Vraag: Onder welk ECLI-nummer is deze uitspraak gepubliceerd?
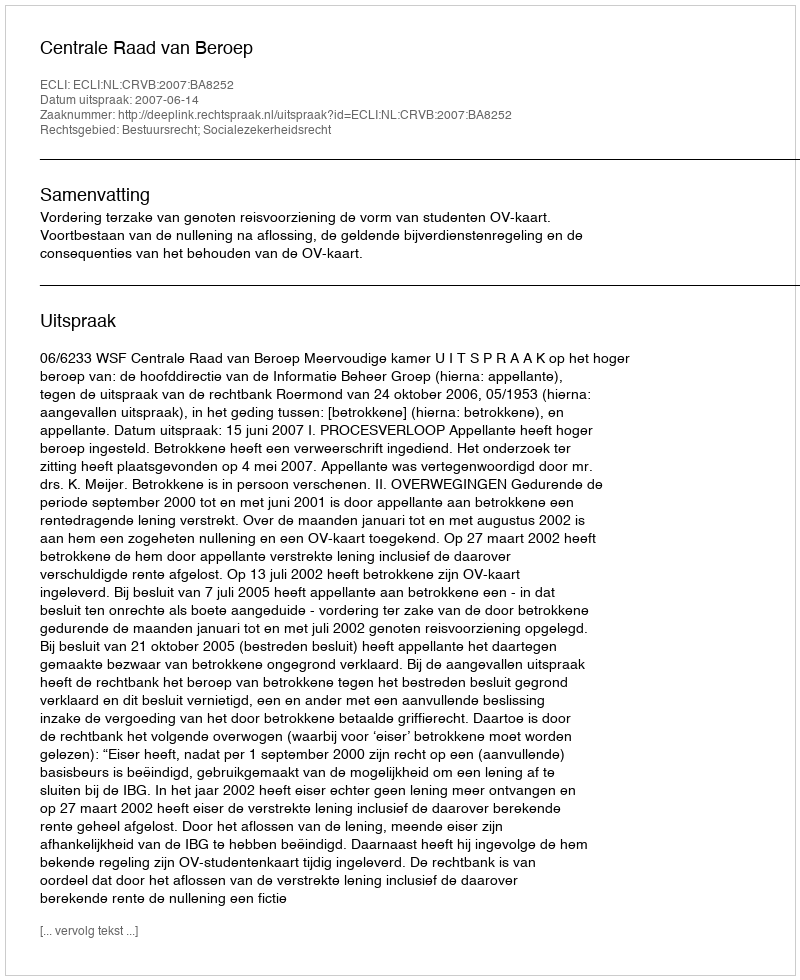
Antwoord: ECLI:NL:CRVB:2007:BA8252